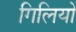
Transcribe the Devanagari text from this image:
गिलियो